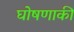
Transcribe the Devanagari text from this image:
घोषणाकी